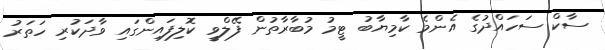
ސާކް ސަހައްދުގެ އެންމެ ކާމިޔާބު ޓީމު މުބާރާތުން ފޭލްވީ ކޮލިފައިންގައި ވާދަކުރި ހަތަރު